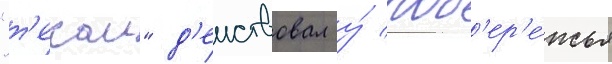
"т'екаи" д'еиствовал у́ поб'ер'е́жья